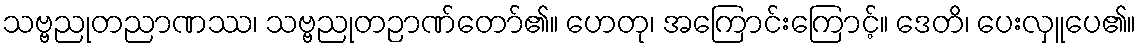
သဗ္ဗညုတညာဏဿ၊ သဗ္ဗညုတဉာဏ်တော်၏။ ဟေတု၊ အကြောင်းကြောင့်။ ဒေတိ၊ ပေးလှူပေ၏။